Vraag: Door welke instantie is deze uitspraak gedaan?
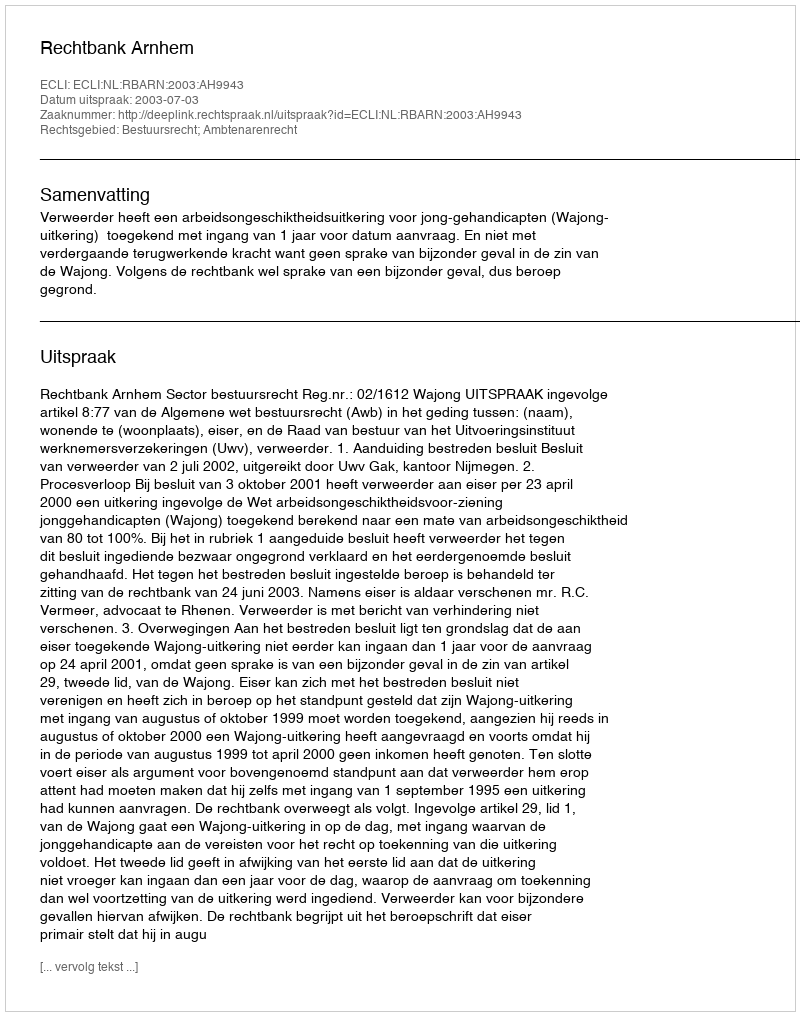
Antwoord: Rechtbank Arnhem